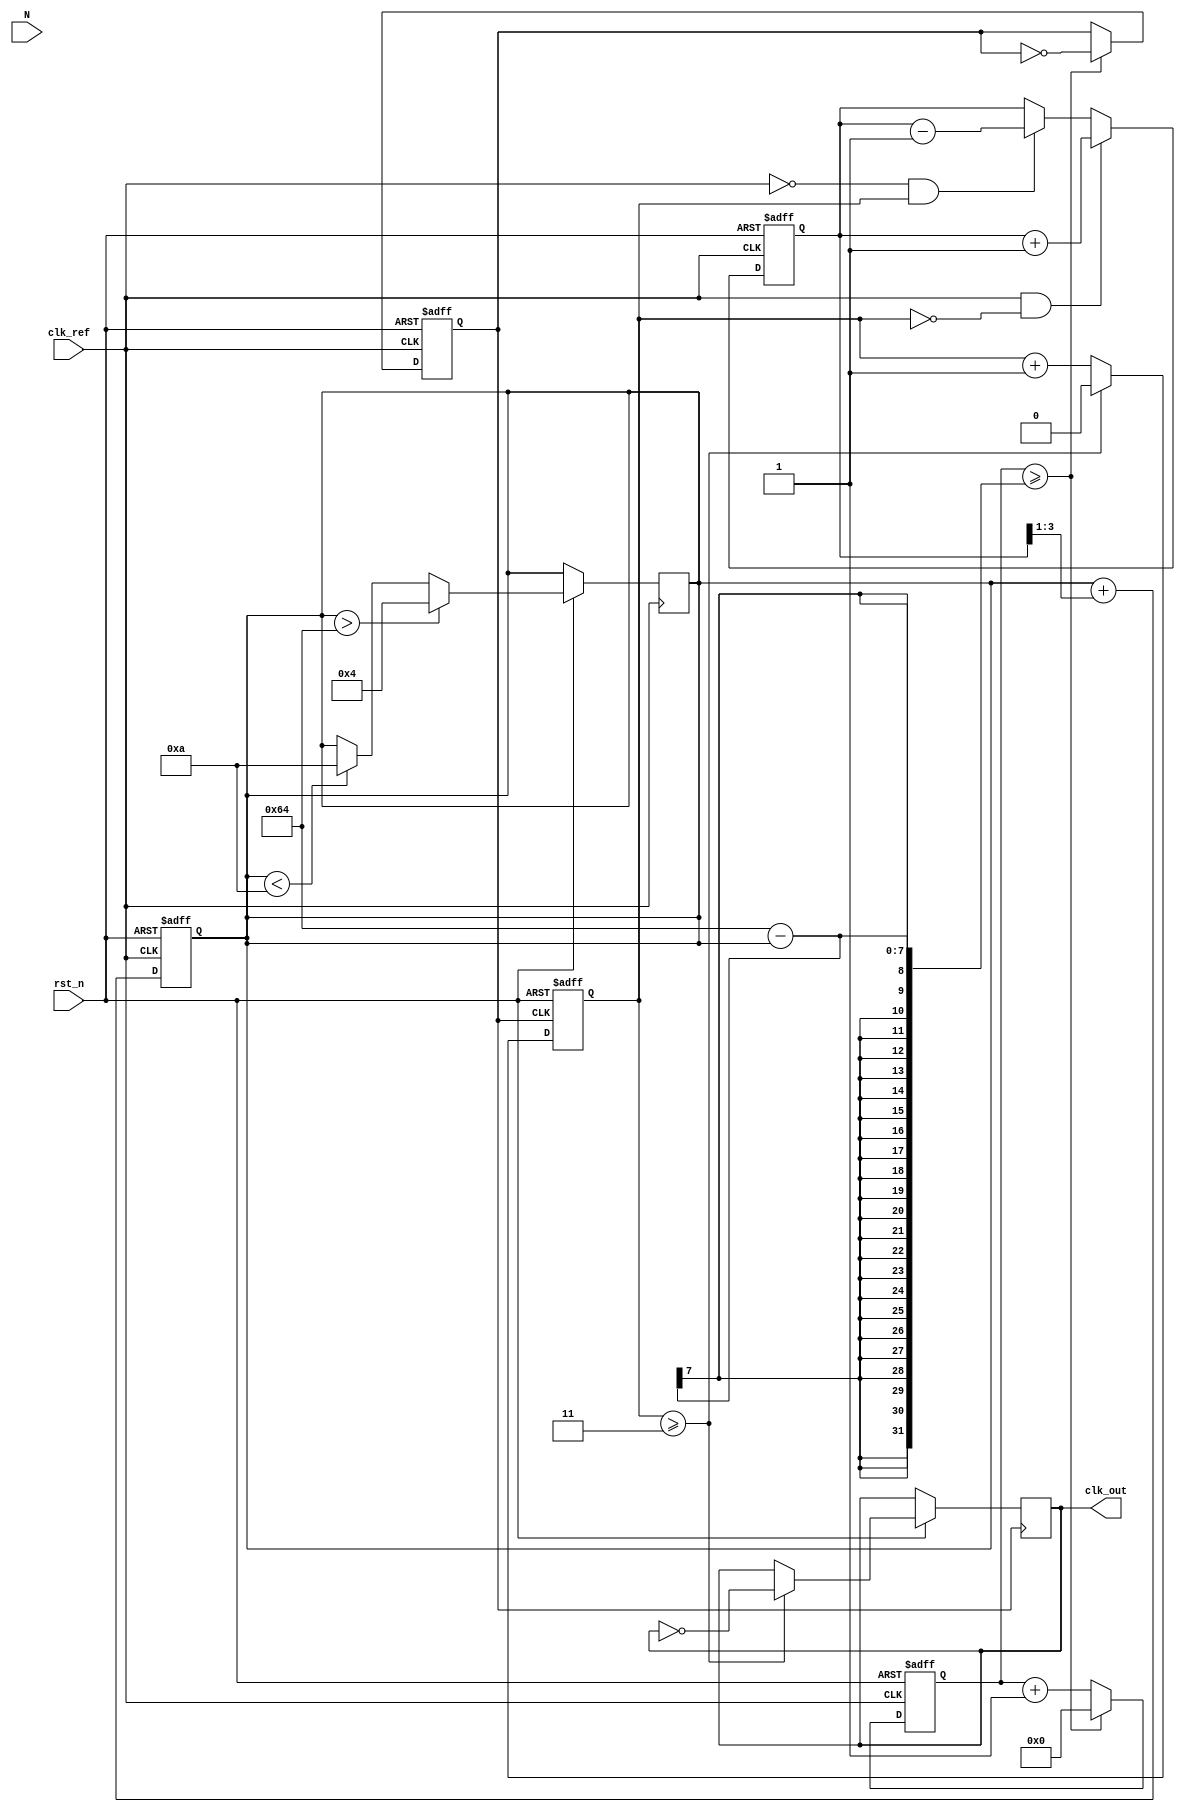
module IntegerN_PLL (
    input wire clk_ref,             // Reference clock input
    input wire rst_n,               // Active low reset
    input wire [N-1:0] N,           // Integer division factor
    output reg clk_out              // Output clock
);

parameter N = 4;                   // Example value for N
parameter VCO_MAX_FREQ = 100;     // Maximum frequency of VCO
parameter VCO_MIN_FREQ = 10;      // Minimum frequency of VCO

// Internal signals
reg [N-1:0] vco_count;             // VCO counter
reg [N-1:0] phase_error;           // Phase error signal
reg [N-1:0] control_voltage;       // Control voltage for VCO
reg clk_vco;                       // VCO clock output
reg clk_divided;                  // Divided clock for feedback

// Phase Detector
always @(posedge clk_ref or negedge rst_n) begin
    if (!rst_n) begin
        phase_error <= 0;
    end else begin
        // Simple phase error calculation
        if (clk_ref && !clk_divided) begin
            phase_error <= phase_error + 1; // Adjust based on specific logic
        end else if (!clk_ref && clk_divided) begin
            phase_error <= phase_error - 1; // Adjust based on specific logic
        end
    end
end

// Loop Filter (Simple example)
always @(posedge clk_ref or negedge rst_n) begin
    if (!rst_n) begin
        control_voltage <= 0;
    end else begin
        // Simple RC filter behavior
        control_voltage <= control_voltage + (phase_error >> 1); // Adjust gain as needed
    end
end

// Voltage-Controlled Oscillator (VCO)
always @(posedge clk_ref or negedge rst_n) begin
    if (!rst_n) begin
        vco_count <= 0;
        clk_vco <= 0;
    end else begin
        // VCO frequency control based on control voltage
        if (control_voltage > VCO_MAX_FREQ)
            control_voltage <= VCO_MAX_FREQ;
        else if (control_voltage < VCO_MIN_FREQ)
            control_voltage <= VCO_MIN_FREQ;

        // Generate VCO clock signal based on control voltage
        if (vco_count >= (VCO_MAX_FREQ - control_voltage)) begin
            clk_vco <= ~clk_vco;
            vco_count <= 0;
        end else begin
            vco_count <= vco_count + 1;
        end
    end
end

// Frequency Divider
always @(posedge clk_vco or negedge rst_n) begin
    if (!rst_n) begin
        clk_divided <= 0;
    end else begin
        clk_divided <= clk_divided + 1;
        if (clk_divided >= (N - 1)) begin
            clk_divided <= 0;
            clk_out <= ~clk_out; // Output clock toggles
        end
    end
end

endmodule